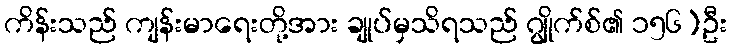
ကိန်းသည် ကျန်းမာရေးတို့အား ချုပ်မှသိရသည် ဂျွိုက်စ်၏ ၁၅၆)ဦး